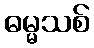
ဓမ္မသစ်